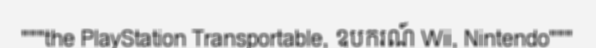
"""the PlayStation Transportable, ឧបករណ៍ Wii, Nintendo"""